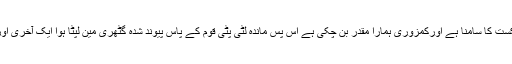
مگر ذلت و خواری کے اس گئے گزرے دور میں جب مسلمانوں کو ہر میدان میں شکست ہی شکست کا سامنا ہے اورکمزوری ہمارا مقدر بن چکی ہے اس پس ماندہ لٹی پٹی قوم کے پاس پیوند شدہ گٹھری مین لپٹا ہوا ایک آخری اور سب سے قیمتی ہیرا موجود ہے جو چھپا چھپا کے اس قوم نے اپنے سینوں میں دفن کر دیا ہے۔